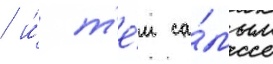
/ и́ т'е́м са́мым